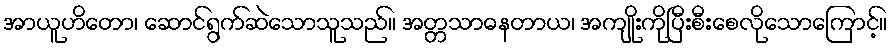
အာယူဟိတော၊ ဆောင်ရွက်ဆဲသောသူသည်။ အတ္တသာဓနတာယ၊ အကျိုးကိုပြီးစီးစေလိုသောကြောင့်။